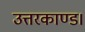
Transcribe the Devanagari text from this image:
उत्तरकाण्ड।